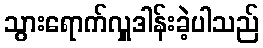
သွားရောက်လှူဒါန်းခဲ့ပါသည်